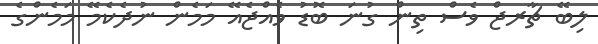
ލިބޭ ޗާރޖް ވެސް ތިން ގުނަ ބޮޑު ވެއްޖެއޭ މަމެން ނުދެކެމޭ މަމެންގެ